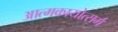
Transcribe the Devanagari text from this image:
आत्मकायोत्सर्ग